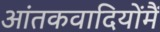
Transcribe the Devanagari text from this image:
आंतकवादियोंमैं